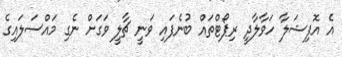
އެ އޮފިޝަލާ ހަވާލާދީ ރިޕޯޓްތައް ބުނެފައި ވަނީ ޗާލީ ވަގަށް ނެގި މައްސަލައިގެ